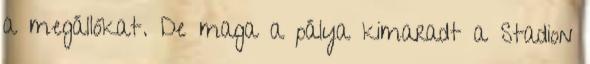
a megállókat. De maga a pálya kimaradt a Stadion